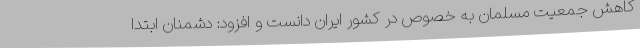
کاهش جمعیت مسلمان به خصوص در کشور ایران دانست و افزود: دشمنان ابتدا